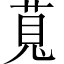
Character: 萈